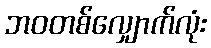
ဘဝတစ်လျှောက်လုံး